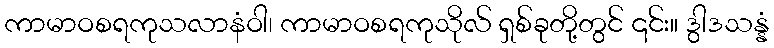
ကာမာဝစရကုသလာနံဝါ၊ ကာမာဝစရကုသိုလ် ရှစ်ခုတို့တွင် ၎င်း။ ဒွါဒသန္နံ